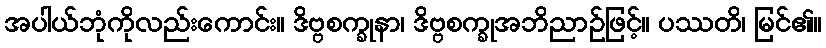
အပါယ်ဘုံကိုလည်းကောင်း။ ဒိဗ္ဗစက္ခုနာ၊ ဒိဗ္ဗစက္ခုအဘိညာဉ်ဖြင့်။ ပဿတိ၊ မြင်၏။